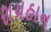
રાયહાન